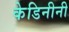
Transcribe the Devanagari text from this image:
केडिनीनी